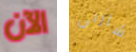
الآن شاربي